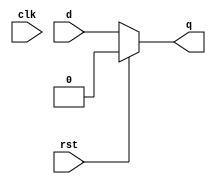
`timescale 1ns / 1ps
module dfp(output reg q,
input d,input rst,input clk);
always @(*)
if(rst==1)
q = 0;
else 
 q = d;
endmodule